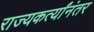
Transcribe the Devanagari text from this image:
राज्यकर्त्यांनंतर